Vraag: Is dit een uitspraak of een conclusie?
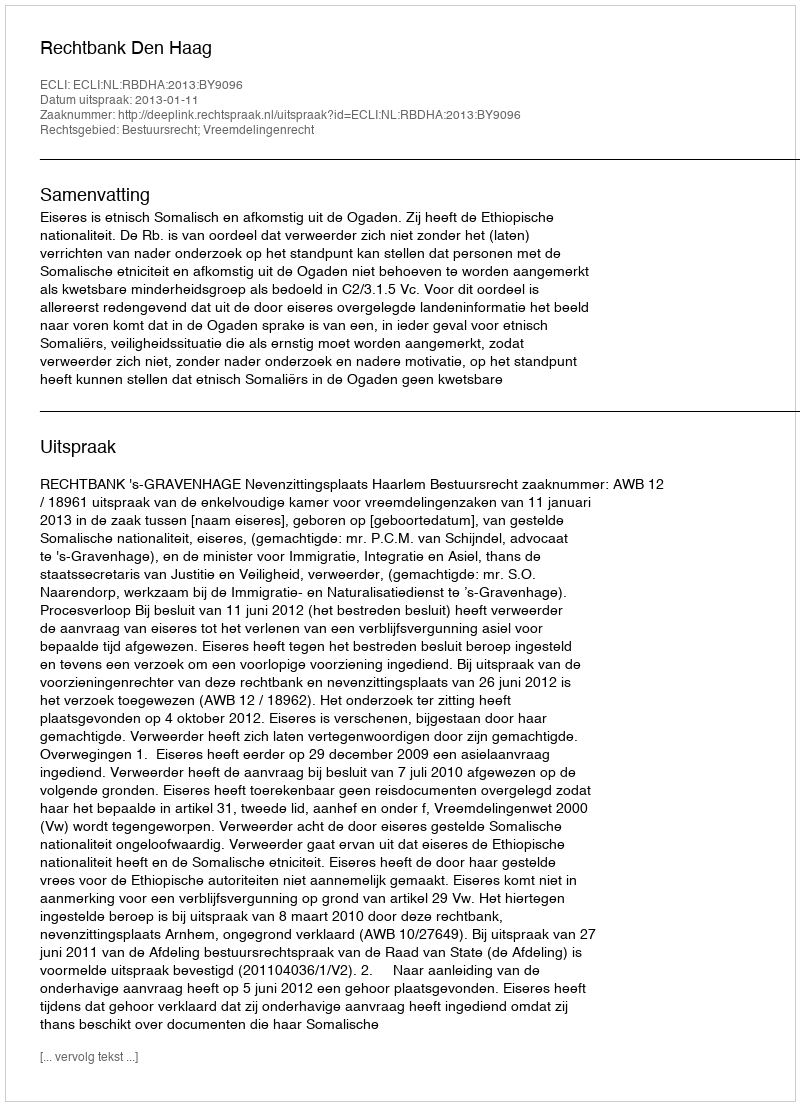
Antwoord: Uitspraak